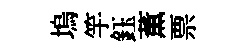
塢竽鈺薫票